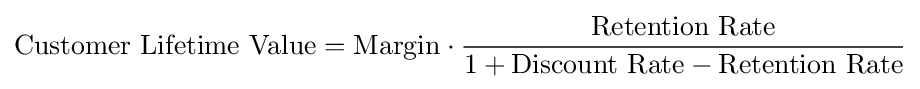
{\text{Customer Lifetime Value}}={\text{Margin}}\cdot {\frac {\text{Retention Rate}}{1+{\text{Discount Rate}}-{\text{Retention Rate}}}}